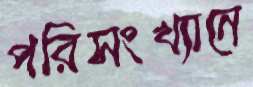
পরিসংখ্যানে